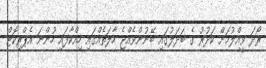
ރޯދަ ވީއްލުމަށް ކަދުރު ގެ ބަދަލުގައި ބޭނުންވެއްޖެ ހާލަތެއްގައި ހިއްކާފައި ހުންނަ އެޕްރިކޮޓް